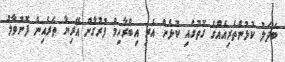
ބަދަލު ކުޅުންތެރިއެއްގެ ގޮތުގައި ކުޅެން އެރި އިބްރާހިމް ފުރުގާން އޭރިޔާ ތެރެއިން ފޮނުވާލު